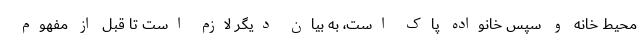
محیط خانه و سپس خانواده پاک است، به بیان دیگر لازم است تا قبل از مفهوم